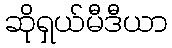
ဆိုရှယ်မီဒီယာ